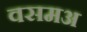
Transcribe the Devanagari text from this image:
वसमअ